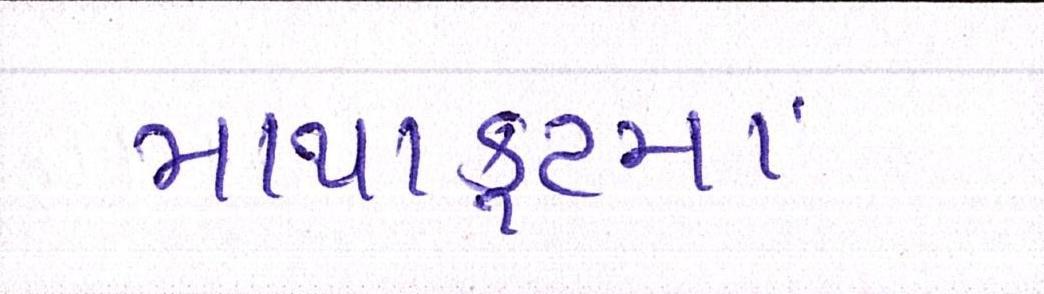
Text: માથાકુટમાં